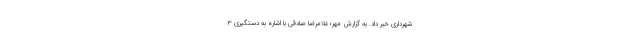
شهرداری خبر داد. به گزارش مهر؛ غلامرضا صادقی با اشاره به دستگیری ۳